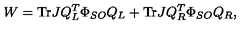
W = \mathrm { T r } J Q _ { L } ^ { T } \Phi _ { S O } Q _ { L } + \mathrm { T r } J Q _ { R } ^ { T } \Phi _ { S O } Q _ { R } ,